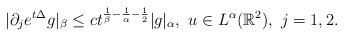
LaTeX: \begin{align*}|\partial_je^{t\Delta}g|_\beta\leq c t^{\frac{1}{\beta}-\frac{1}{\alpha}-\frac{1}{2}}|g|_\alpha,\ u\in L^\alpha(\mathbb{R}^2),\ j=1,2.\end{align*}